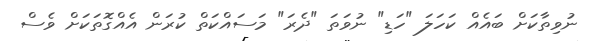
ނުވިތާކަށް ބައެއް ކަހަލަ "ހަޑި" ނުވަތަ "ދެރަ" މަސައްކަތް ކުރަން އެއްގޮތަކަށް ވެސް